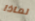
لماذا